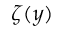
\zeta ( y )